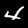
Label: 4